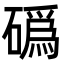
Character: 䃣